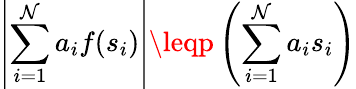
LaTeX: \left|\sum_{i=1}^{\mathcal{N}}a_{i}f(s_{i})\right|\leqp\left(\sum_{i=1}^{\mathcal{N}}a_{i}s_{i}\right)